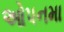
ઓપનમા